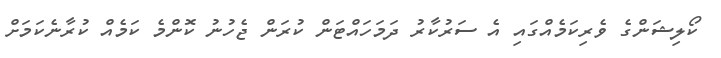
ކޯލިޝަންގެ ވެރިކަމެއްގައި އެ ސަރުކާރު ދަމަހައްޓަން ކުރަން ޖެހުނު ކޮންމެ ކަމެއް ކުރާނެކަމަށް